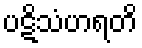
ပဋိသံဟရတိ